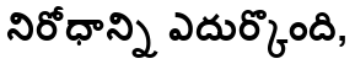
నిరోధాన్ని ఎదుర్కొంది,